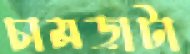
চামড়াটা